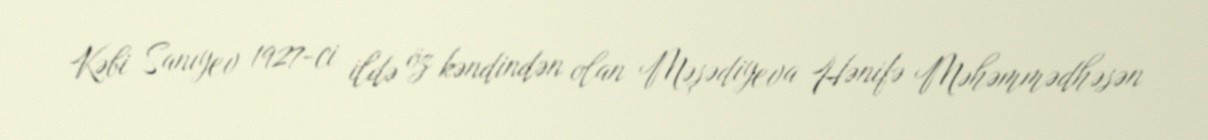
Kəbi Sanıyev 1927-ci ildə öz kəndindən olan Məşədiyeva Hənifə Məhəmmədhəsən